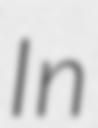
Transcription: In